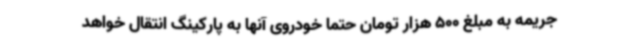
جریمه به مبلغ 500 هزار تومان حتماً خودروی آنها به پارکینگ انتقال خواهد